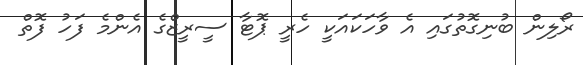
ރޯލިން ބުނިގޮތުގައި އެ ވާހަކައަކީ ހެރީ ޕޮޓާ ސީރީޒްގެ އެންމެ ފަހު ފޮތް